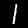
Digit: 1